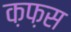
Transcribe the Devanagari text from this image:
क़फ़स